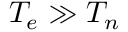
T _ { e } \gg T _ { n }